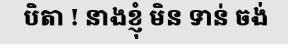
បិតា ! នាងខ្ញុំ មិន ទាន់ ចង់